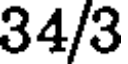
34/3